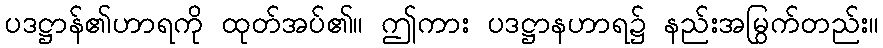
ပဒဋ္ဌာန်၏ဟာရကို ထုတ်အပ်၏။ ဤကား ပဒဋ္ဌာနဟာရ၌ နည်းအမြွက်တည်း။